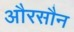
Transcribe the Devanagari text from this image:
औरसौन